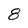
Character: 8